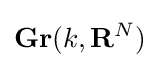
\mathbf {Gr} (k,\mathbf {R} ^{N})